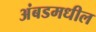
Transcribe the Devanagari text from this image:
अंबडमधील